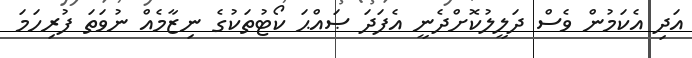
އަދި އެކަމުން ވެސް ދަލީލުކޮށްދެނީ އެފަދަ ޞައްޙަ ކޯޓުތަކުގެ ނިޒާމެއް ނުވަތަ ފުރިހަމަ